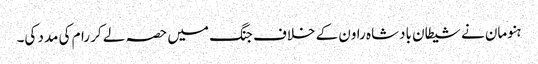
ہنومان نے شیطان بادشاہ راون کے خلاف جنگ میں حصہ لے کر رام کی مدد کی۔